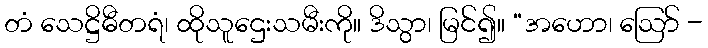
တံ သေဋ္ဌိဓီတရံ၊ ထိုသူဌေးသမီးကို။ ဒိသွာ၊ မြင်၍။ “အဟော၊ ဩော် -